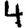
Digit: 4